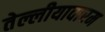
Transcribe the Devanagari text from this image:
तेल्लीयावारम